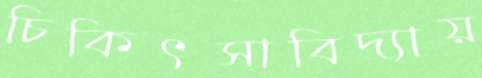
চিকিৎসাবিদ্যায়